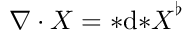
\boldsymbol { \nabla \cdot X } = { * } \mathrm { d } { * } \boldsymbol { X } ^ { \flat }